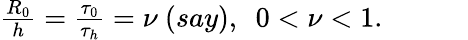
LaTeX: \begin{array}{r}{\frac{R_{0}}{h}=\frac{\tau_{0}}{\tau_{h}}=\nu~(say),~~0<\nu<1.~~~~~~~~~~~~}\end{array}